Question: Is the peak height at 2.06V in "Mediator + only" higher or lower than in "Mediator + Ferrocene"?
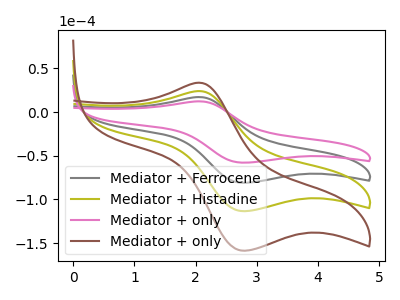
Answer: <think>The gray curve "Mediator + Ferrocene" has an anodic peak at (2.05V, 17.15uA) and a cathodic peak at (2.80V, -81.20uA). The olive curve "Mediator + Histadine" has an anodic peak at (2.05V, 34.30uA) and a cathodic peak at (2.80V, -162.35uA). The pink curve "Mediator + only" has an anodic peak at (2.05V, 12.25uA) and a cathodic peak at (2.80V, -58.05uA). The brown curve "Mediator + only" has an anodic peak at (2.05V, 51.45uA) and a cathodic peak at (2.80V, -243.55uA).</think>
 <answer>The peak at 2.06V is lower in "Mediator + only" than in "Mediator + Ferrocene".</answer>
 <eval>lower</eval>